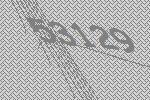
53129